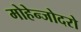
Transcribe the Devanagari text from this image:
मोहेन्जोदरो